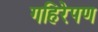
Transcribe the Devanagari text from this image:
गहिरेपण